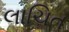
લાચિત